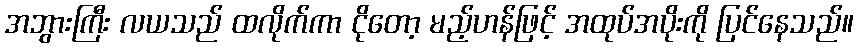
အဘွားကြီး လယသည် ထလိုက်ကာ ငိုတော့ မည့်ဟန်ဖြင့် အထုပ်အပိုးကို ပြင်နေသည်။